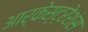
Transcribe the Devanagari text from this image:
आर्केस्ट्रेशंस